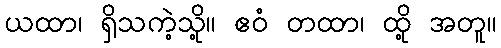
ယထာ၊ ရှိသကဲ့သို့။ ဧဝံ တထာ၊ ထို့ အတူ။